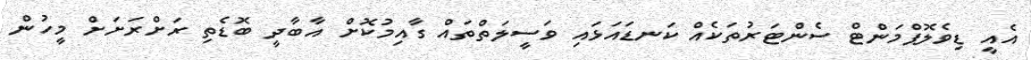
އެއީ ޑިވެލޮޕްމަންޓް ސެންޓަރުތަކެއް ކަނޑައަޅައި ވަސީލަތްތައް ގާއިމުކޮށް އާބާދީ ބޮޑެތި ރަށްރަށަށް މީހުން